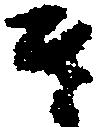
き